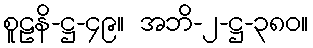
စူဠနိ-ဋ္ဌ-၄၉။ အဘိ-၂-ဋ္ဌ-၃၈၀။